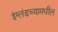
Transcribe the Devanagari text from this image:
इंग्लंडच्यामधील